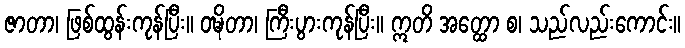
ဇာတာ၊ ဖြစ်ထွန်းကုန်ပြီး။ ဝဍ္ဎိတာ၊ ကြီးပွားကုန်ပြီး။ ဣတိ အတ္ထော စ၊ သည်လည်းကောင်း။